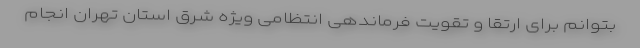
بتوانم برای ارتقا و تقویت فرماندهی انتظامی ویژه شرق استان تهران انجام